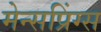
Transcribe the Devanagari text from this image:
मेन्सप्रिंग्स